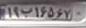
۱۹ب۱۶۵۶۷